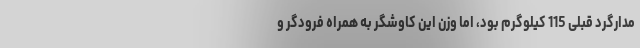
مدارگرد قبلی 115 کیلوگرم بود، اما وزن این کاوشگر به همراه فرودگر و